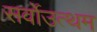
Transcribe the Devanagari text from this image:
सर्वोउत्थम